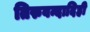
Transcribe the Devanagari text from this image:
तिरुवन्दादिही